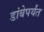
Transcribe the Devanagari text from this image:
डांबेपर्यंत